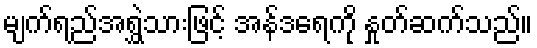
မျက်ရည်အရွှဲသားဖြင့် အန်ဒရေကို နှုတ်ဆက်သည်။